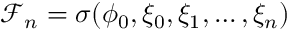
\mathcal { F } _ { n } = \sigma ( \phi _ { 0 } , \xi _ { 0 } , \xi _ { 1 } , \dots , \xi _ { n } )